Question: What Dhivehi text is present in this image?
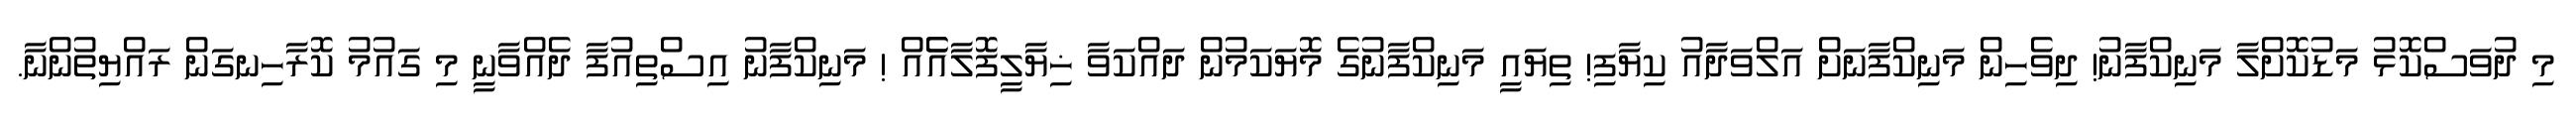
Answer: މި ދުވަސްކޮޅު މަޑުކޮށްލާ މަނިކްފާނު! ދިވެހިން މަނިކްފާނަށް އަލްވަދާއު ކިޔާފި! ތިޔައީ މަނިކްފާނުގެ މޮޔަކަމުން ދައްކަވާ ޚިޔާލީފޮލާއެެއް ! މަނިކްފާނު އިސްތިއުފާ ދެއްވާނީ މި ގައުމު ކޮރާހިނގަން ރައްޔިތުންނާ.